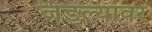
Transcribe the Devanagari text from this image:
जडल्यावर